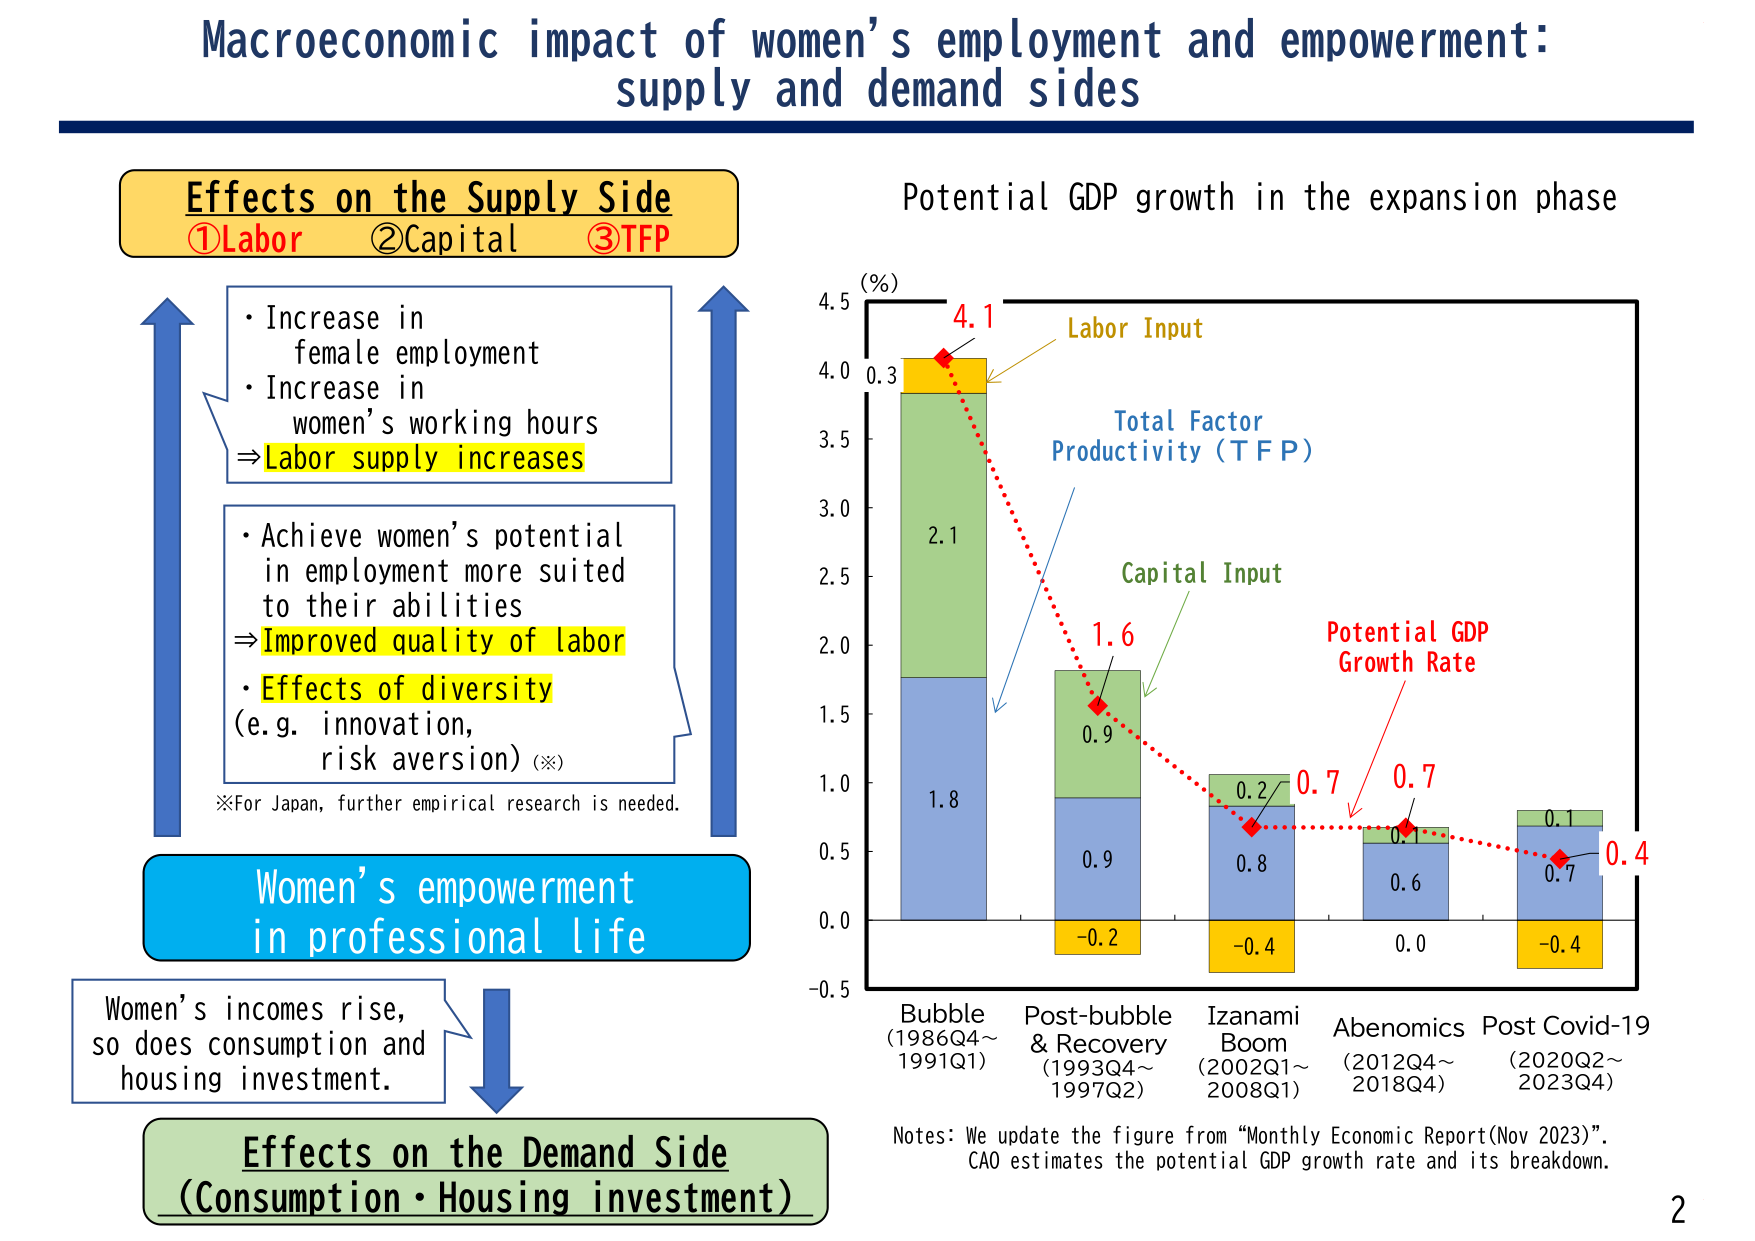
Macroeconomic impact of women’s employment and empowerment: supply and demand sides

Effects on the Supply Side
①Labor ②Capital ③TFP

• Increase in female employment
• Increase in women’s working hours
⇒ Labor supply increases

• Achieve women’s potential in employment more suited to their abilities
⇒ Improved quality of labor
• Effects of diversity (e.g. innovation, risk aversion) (※)
※For Japan, further empirical research is needed.

Women’s empowerment in professional life

Women’s incomes rise, so does consumption and housing investment.

Effects on the Demand Side (Consumption・Housing investment)

Potential GDP growth in the expansion phase

(%)
4.5
4.0
3.5
3.0
2.5
2.0
1.5
1.0
0.5
0.0
-0.5

Labor Input
Total Factor Productivity (TFP)
Capital Input
Potential GDP Growth Rate

4.1
0.3
2.1
1.8
1.6
0.9
0.9
-0.2
0.2
0.8
-0.4
0.7
0.6
0.0
0.1
0.7
-0.4
0.4

Bubble (1986Q4~1991Q1)
Post-bubble & Recovery (1993Q4~1997Q2)
Izanami Boom (2002Q1~2008Q1)
Abenomics (2012Q4~2018Q4)
Post Covid-19 (2020Q2~2023Q4)

Notes: We update the figure from “Monthly Economic Report(Nov 2023)”. CAO estimates the potential GDP growth rate and its breakdown.

2